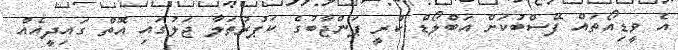
އެ ވީޑިއޯތައް ފޭސްބުކަށް އަބްލޯޑް ކުރީ ޕަންޖާބުގެ ކަޕުރުތަލާ ޖަލުގައި އޮތް ގައިދީއެއް